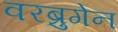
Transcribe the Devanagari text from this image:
वरब्रुगेन